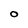
Character: O